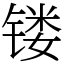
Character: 镂